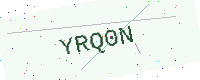
Text: YRQ0N